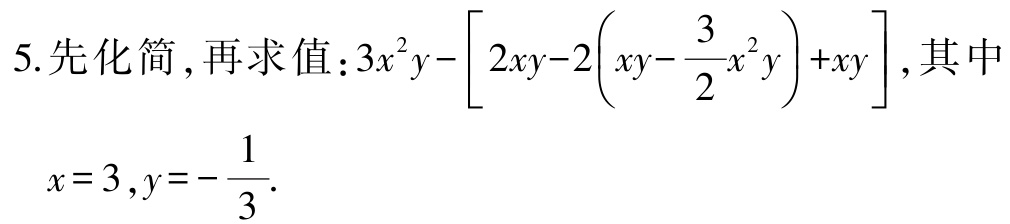
5.先化简，再求值：\(3x^{2}y-\left[2xy - 2\left(xy-\dfrac{3}{2}x^{2}y\right)+xy\right]\)，其中

\(x = 3,y=-\dfrac{1}{3}\).